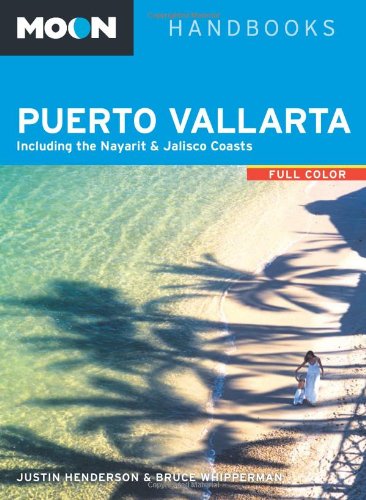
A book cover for Moon Puerto Vallarta: Including the Nayarit & Jalisco Coasts (Moon Handbooks); Justin Henderson; History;